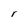
Character: r